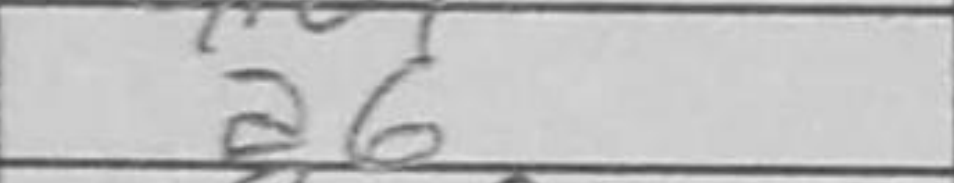
Transcription: a6